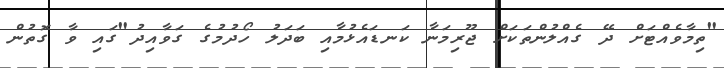
"ތިމާވެއްޓަށް ދޭ ގެއްލުންތަކަށް ޖޫރިމަނާ ކަނޑައެޅުމާއި ބަދަލު ހޯދުމުގެ ގަވާއިދު"ގައި ވާ ގޮތުން